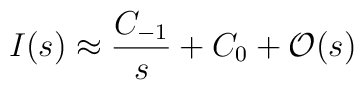
I(s) \approx \frac{C_{-1}}{s} + C_0 +  \mathcal{O}(s)